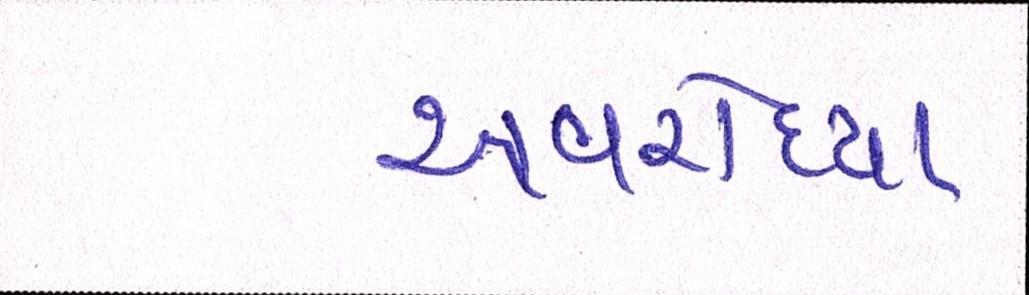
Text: અવરોધ્યા